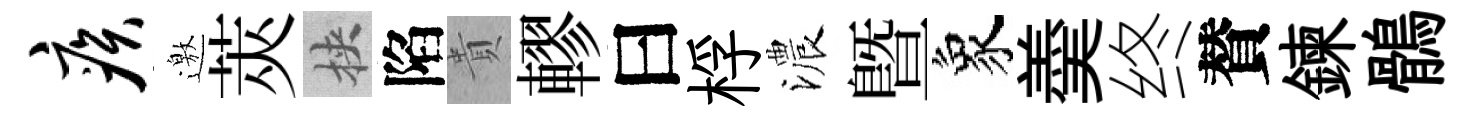
疾邀莢挾陷貴轇曰桴濃暨象羮终賛鍊鶻